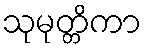
သုမုတ္တိကာ